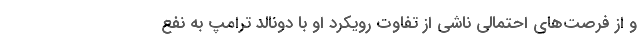
و از فرصت‌های احتمالی ناشی از تفاوت رویکرد او با دونالد ترامپ به نفع